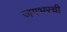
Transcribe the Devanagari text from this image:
जगभरची